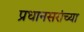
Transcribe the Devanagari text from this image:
प्रधानसरांच्या